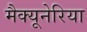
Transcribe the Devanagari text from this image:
मैक्यूनेरिया